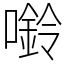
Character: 𫫿